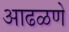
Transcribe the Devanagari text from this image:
आढळणे